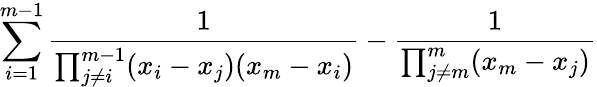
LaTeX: \sum_{i=1}^{m-1}\frac{1}{\prod_{j\neq i}^{m-1}(x_{i}-x_{j})(x_{m}-x_{i})}-\frac{1}{\prod_{j\neq m}^{m}(x_{m}-x_{j})}